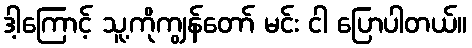
ဒါ့ကြောင့် သူ့ကိုကျွန်တော် မင်း ငါ ပြောပါတယ်။